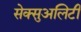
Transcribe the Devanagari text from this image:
सेक्सुअलिटी